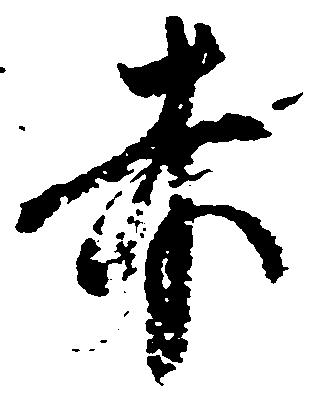
赤